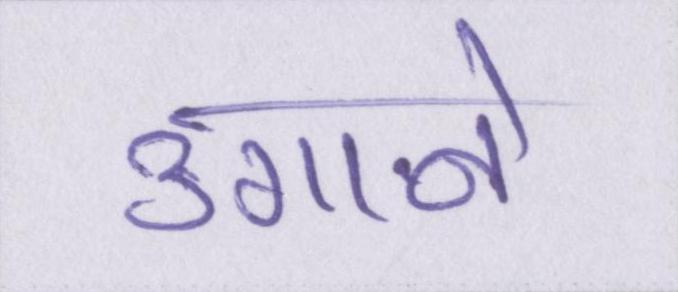
उगाने